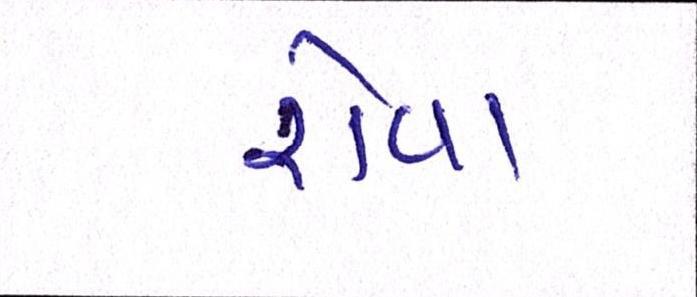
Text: રોવા